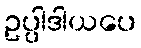
ဥပ္ပါဒါယပေ